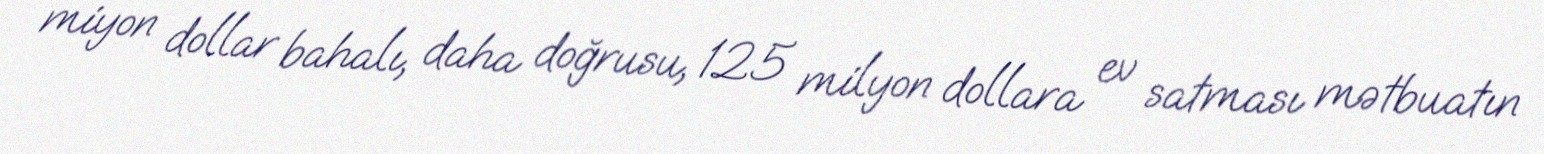
miyon dollar bahalı, daha doğrusu, 125 milyon dollara ev satması mətbuatın